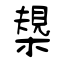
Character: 槼